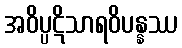
အဝိပ္ပဋိသာရဝိပန္နဿ